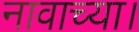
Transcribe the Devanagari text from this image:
नावाच्या।